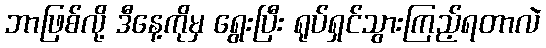
ဘာဖြစ်လို့ ဒီနေ့ကိုမှ ရွေးပြီး ရုပ်ရှင်သွားကြည့်ရတာလဲ